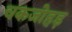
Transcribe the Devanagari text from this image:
चकजोहड़